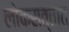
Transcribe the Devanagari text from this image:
लोकसत्तात